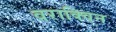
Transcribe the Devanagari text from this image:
वराक्विन